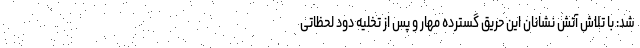
شد: با تلاش آتش نشانان این حریق گسترده مهار و پس از تخلیه دود لحظاتی